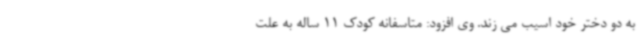
به دو دختر خود اسیب می زند. وی افزود: متاسفانه کودک 11 ساله به علت